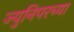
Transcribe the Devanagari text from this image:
ज्युनिपरच्या